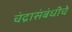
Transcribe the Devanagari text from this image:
चंद्रासंबंधीचे